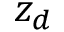
z _ { d }